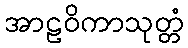
အာဠဝိကာသုတ္တံ